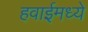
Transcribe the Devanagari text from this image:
हवाईमध्ये